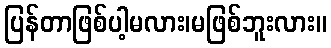
ပြန်တာဖြစ်ပါ့မလား၊မဖြစ်ဘူးလား။